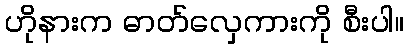
ဟိုနားက ဓာတ်လှေကားကို စီးပါ။